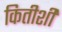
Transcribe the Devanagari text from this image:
कितीशी